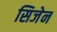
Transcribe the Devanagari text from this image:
सिजेन